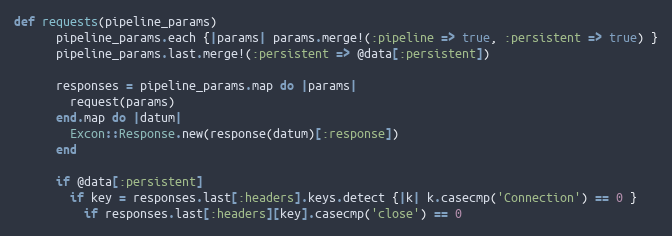
Language: Ruby
def requests(pipeline_params)
      pipeline_params.each {|params| params.merge!(:pipeline => true, :persistent => true) }
      pipeline_params.last.merge!(:persistent => @data[:persistent])

      responses = pipeline_params.map do |params|
        request(params)
      end.map do |datum|
        Excon::Response.new(response(datum)[:response])
      end

      if @data[:persistent]
        if key = responses.last[:headers].keys.detect {|k| k.casecmp('Connection') == 0 }
          if responses.last[:headers][key].casecmp('close') == 0